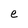
Character: e